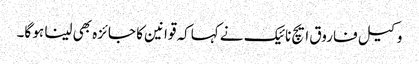
وکیل فاروق ایچ نائیک نے کہاکہ قوانین کا جائزہ بھی لینا ہو گا۔